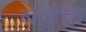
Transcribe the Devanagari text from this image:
बर्नम